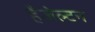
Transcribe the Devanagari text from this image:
हैजेल्टन